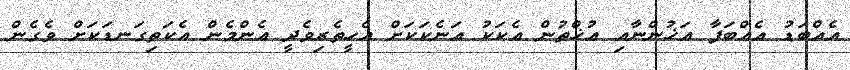
އެއްބަޑު އެއްބަފާ އަޚުންނާއި އުޚްތުން އެކަކު އަނެކަކަށް އެހީތެރިވެދީ އެންމެން އެކަތިގަނޑަކަށް ވެގެން